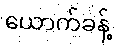
ယောက်ခန့်